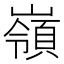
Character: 嶺